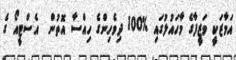
އަމާޒަކީ ވަޒީފާގެ މާހައުލުގައި %100 ދިވެހިންގެ ހިއްސާ އޮތުން  އެސްޓީއޯ ގެ